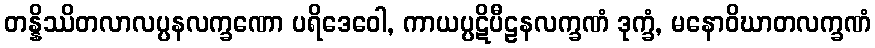
တန္နိဿိတလာလပ္ပနလက္ခဏော ပရိဒေဝေါ, ကာယပ္ပဋိပီဠနလက္ခဏံ ဒုက္ခံ, မနောဝိဃာတလက္ခဏံ